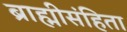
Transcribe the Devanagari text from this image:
ब्राह्मीसंहिता